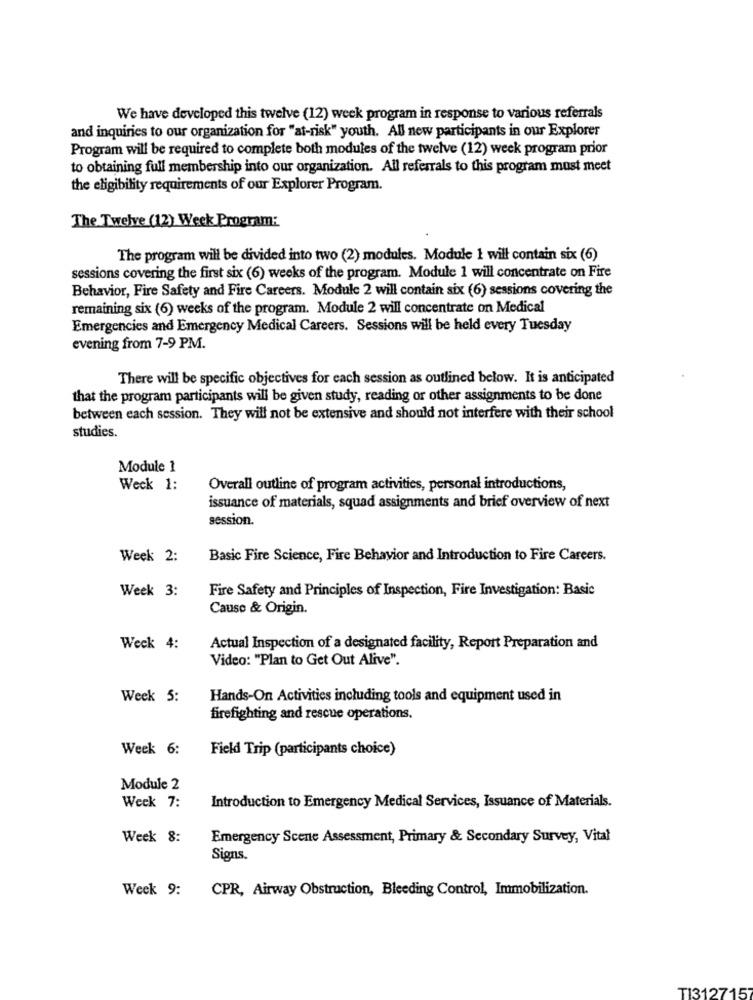
We have developed this twelve (12) week program in response to various referrals
and inquiries to our organization for "at-risk" youth. All new participants in our Explorer
Program will be required to complete both modules of the twelve (12) week program prior
to obtaining full membership into our organization. All referrals to this program must meet
the eligibility requirements of our Explorer Program.
The Twelve (12) Week Program:
The program will be divided into two (2) modules. Module I will contain six (6)
sessions covering the first six (6) weeks of the program. Module 1 will concentrate on Fire
Behavior, Fire Safety and Fire Careers. Module 2 will contain six (6) sessions covering the
remaining six (6) weeks of the program. Module 2 will concentrate on Medical
Emergencies and Emergency Medical Careers. Sessions will be held every Tuesday
evening from 7-9 PM.
There will be specific objectives for each session as outlined below. It is anticipated
that the program participants will be given study, reading or other assignments to be done
between each session. They will not be extensive and should not interfere with their school
studies.
Module 1
Weck 1:
Overall outline of program activities, personal introductions,
issuance of materials, squad assignments and brief overview of next
session.
Week 2:
Basic Fire Science, Fire Behavior and Introduction to Fire Careers.
Week 3:
Fire Safety and Principles of Inspection, Fire Investigation: Basic
Cause & Origin.
Weck 4:
Actual Inspection of a designated facility, Report Preparation and
Video: "Plan to Get Out Alive".
Week 5:
Hands-On Activities including tools and equipment used in
firefighting and rescue operations.
Week 6:
Field Trip (participants choice)
Module 2
Introduction to Emergency Medical Services, Issuance of Materials.
Week 7:
Week 8:
Emergency Scene Assessment, Primary & Secondary Survey, Vital
Signs.
Week 9:
CPR, Airway Obstruction, Bleeding Control, Immobilization.
T1312715